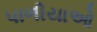
પાળીયાઓ